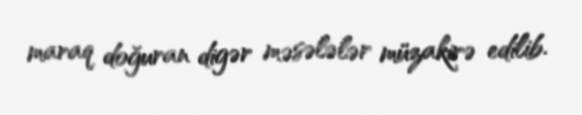
maraq doğuran digər məsələlər müzakirə edilib.